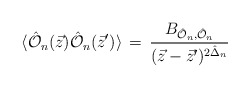
\begin{align*}\langle \hat {{\cal O}}_n(\vec{z}) \hat {{\cal O}}_n(\vec{z}')\rangle \, = \, \frac{B_{{\hat {{\cal O}}_n}, \hat {{\cal O}}_n}}{ (\vec{z}-\vec{z}')^{2\hat \Delta_n}}\,\end{align*}